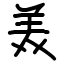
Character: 𫟈